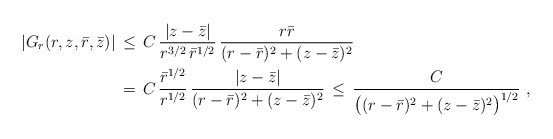
\begin{align*} |G_r(r,z,\bar r,\bar z)| \,&\le\, C\,\frac{|z-\bar z|}{r^{3/2} \,\bar r^{1/2}}\,\frac{r\bar r}{(r-\bar r)^2 + (z-\bar z)^2} \\ \,&=\, C\,\frac{\bar r^{1/2}}{r^{1/2}}\,\frac{|z-\bar z|}{(r-\bar r)^2 + (z-\bar z)^2} \,\le\, \frac{C}{\bigl((r-\bar r)^2 + (z-\bar z)^2 \bigr)^{1/2}}~,\end{align*}